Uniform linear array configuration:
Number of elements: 48
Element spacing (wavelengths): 0.75
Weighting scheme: kaiser
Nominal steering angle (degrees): -30
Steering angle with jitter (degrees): -28.546
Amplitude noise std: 0.05
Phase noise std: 0.05

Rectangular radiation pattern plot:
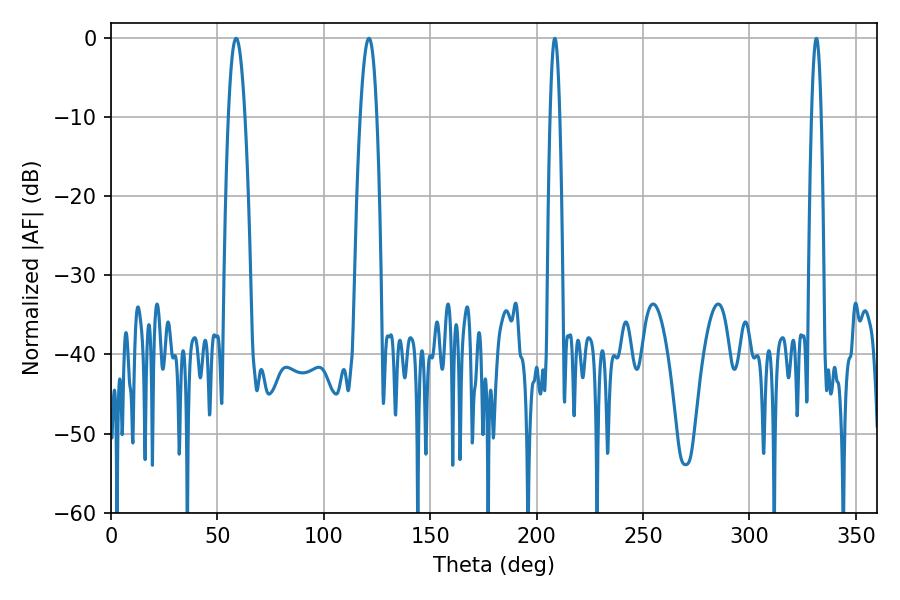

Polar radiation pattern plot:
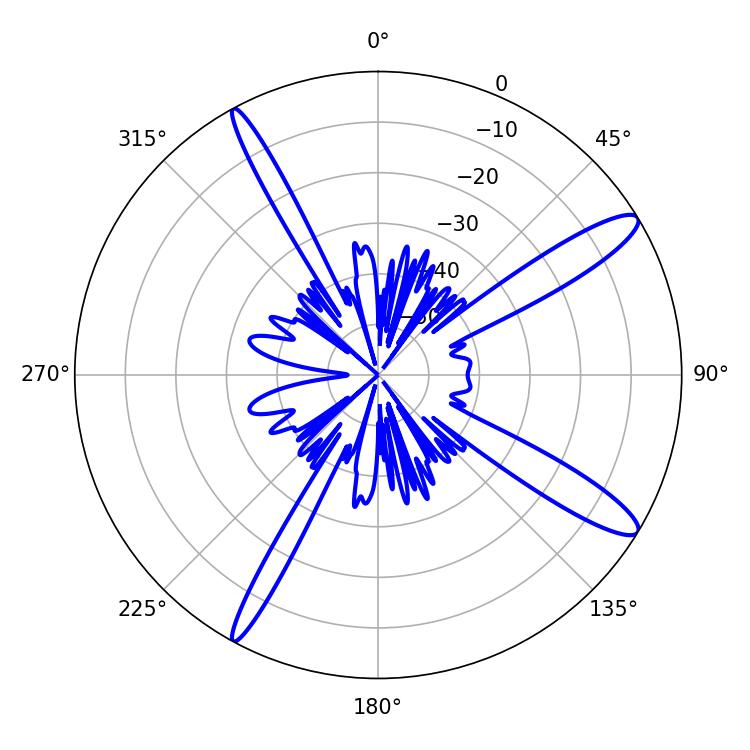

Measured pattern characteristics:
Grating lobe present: TRUE
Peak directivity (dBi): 13.306
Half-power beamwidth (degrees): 4.32
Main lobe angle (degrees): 58.86